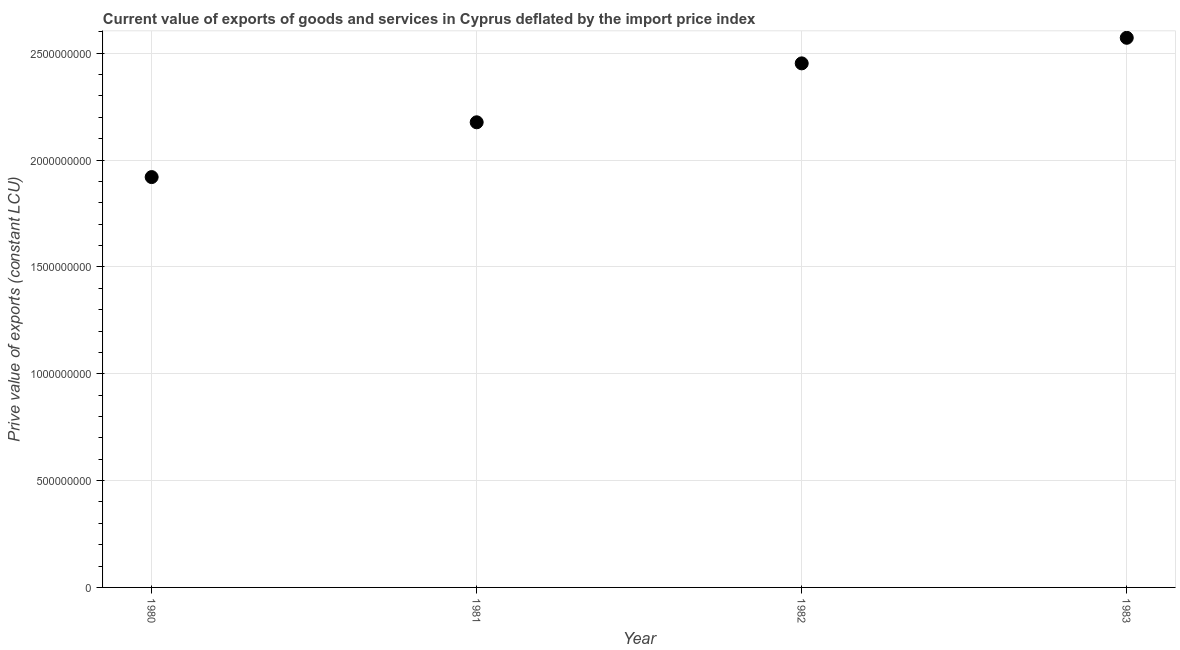
| Year | Exports as a capacity to import (constant LCU) |
 | --- | --- |
 | 1980 | 1.92e+09 |
 | 1981 | 2.18e+09 |
 | 1982 | 2.45e+09 |
 | 1983 | 2.57e+09 |